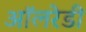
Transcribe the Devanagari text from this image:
ऑलरेडी